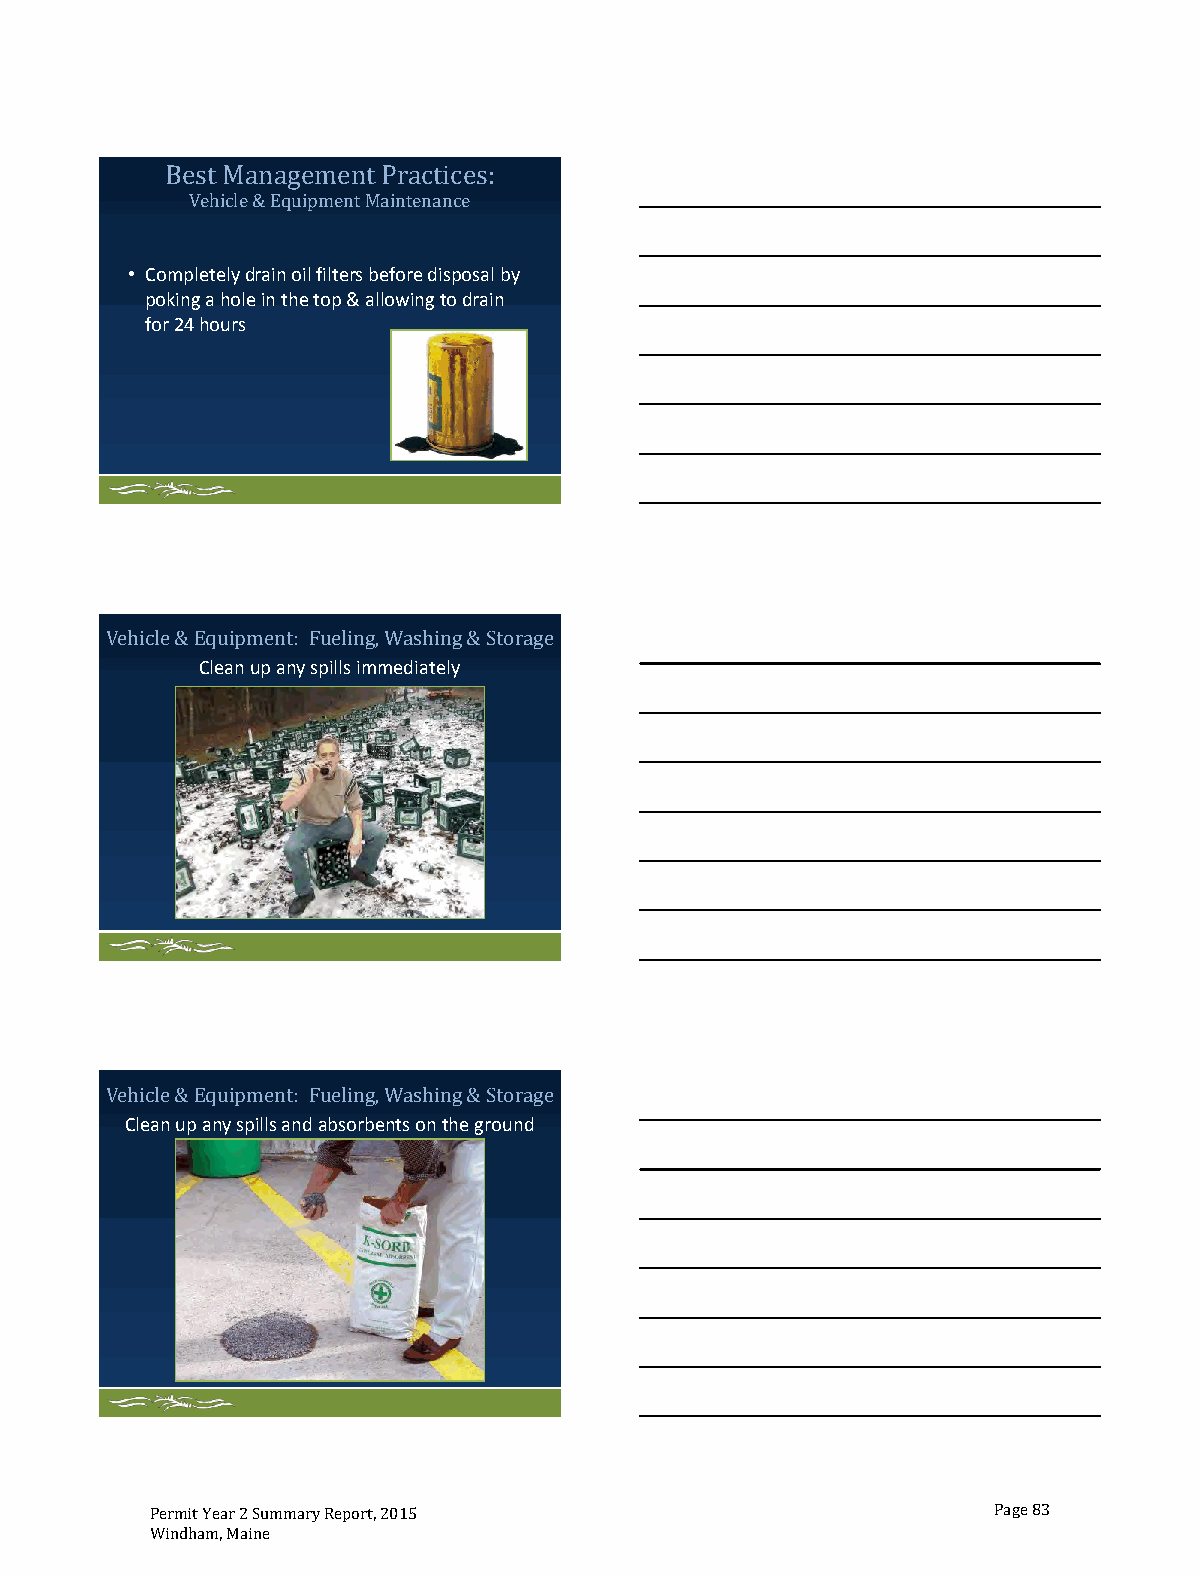
Best Management
 ehicle & Eq ment
 Practices:
 V     uip  Maintenance
 • Completely drain oil filters before disposal by
 poking a hole in the top & allowing to drain
 for 24 hours
 e & ipment: F W shing &
 Clean up any spills immediately
 Vehicl Equ    ueling, a  Storage
 e & ipment: F W shing &
 Clean up any spills and absorbents on the ground
 Vehicl Equ    ueling, a  Storage
 Permit Year 2 Summary Report, 2015                      Page 83
 Windham, Maine